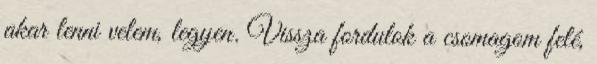
akar lenni velem, legyen. Vissza fordulok a csomagom felé,